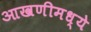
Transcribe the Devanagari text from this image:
आखणीमध्ये